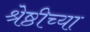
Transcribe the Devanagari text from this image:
श्रेष्ठीच्या